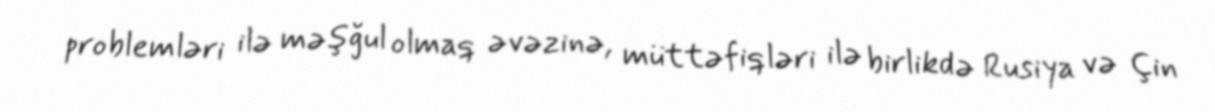
problemləri ilə məşğul olmaq əvəzinə, müttəfiqləri ilə birlikdə Rusiya və Çin